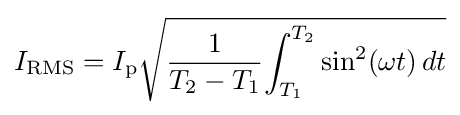
I_{\text{RMS}}=I_{\text{p}}{\sqrt {{1 \over {T_{2}-T_{1}}}{\int _{T_{1}}^{T_{2}}{\sin ^{2}(\omega t)}\,dt}}}